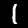
Label: 1